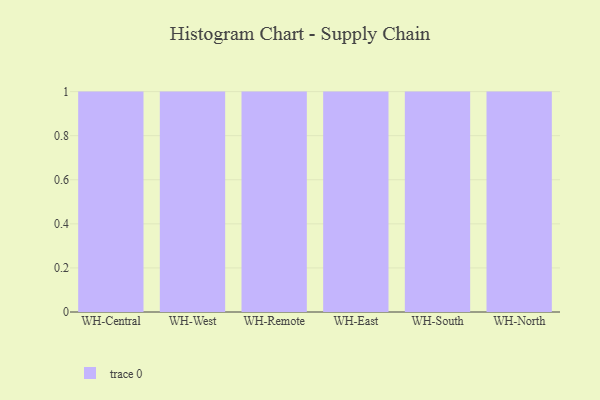
{"axis": {"x": "Warehouse", "y": "Revenue (USD Million)"}, "legend": [""], "data": [{"x": "WH-Central", "y": 21, "type": ""}, {"x": "WH-West", "y": 66, "type": ""}, {"x": "WH-Remote", "y": 49, "type": ""}, {"x": "WH-East", "y": 90, "type": ""}, {"x": "WH-South", "y": 41, "type": ""}, {"x": "WH-North", "y": 97, "type": ""}]}